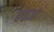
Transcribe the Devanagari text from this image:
बचाआ॓